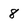
Character: 8